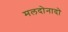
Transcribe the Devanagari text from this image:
मलदोनादो